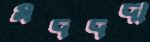
মদদদা